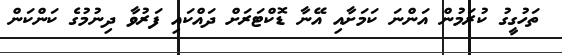
ތަހުގީގު ކުރަމުން އަންނަ ކަމަށާއި އޭނާ ޑޮކްޓަރަށް ދައްކައި ފަރުވާ ދިނުމުގެ ކަންކަން